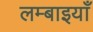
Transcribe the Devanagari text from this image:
लम्बाइयाँ